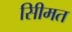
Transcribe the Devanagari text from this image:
सीिमत